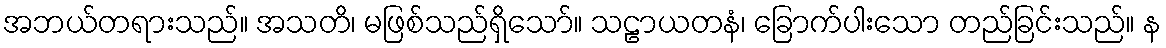
အဘယ်တရားသည်။ အသတိ၊ မဖြစ်သည်ရှိသော်။ သဠာယတနံ၊ ခြောက်ပါးသော တည်ခြင်းသည်။ န